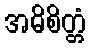
အဓိစိတ္တံ